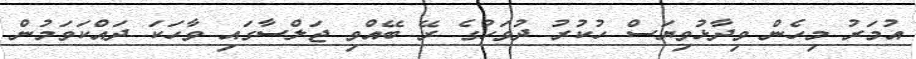
އުމަރު މިހެން ވިދާޅުވިޔަސް ހުކުރު ދުވަހުގެ ރޭ ބޭއްވި ޖަލްސާގައި ވާހަކަ ދައްކަވަމުން